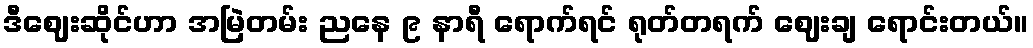
ဒီဈေးဆိုင်ဟာ အမြဲတမ်း ညနေ ၉ နာရီ ရောက်ရင် ရုတ်တရက် ဈေးချ ရောင်းတယ်။